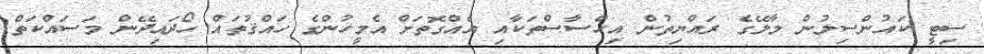
ސިޓީ ކައުންސިލުން މާލޭގެ ރައްޔިތުން އިހްސާސްތަކާއި އެއްގޮތަށް އެމީހުންގެ ހައްޤުތައް ހޯދައިދޭން މަސައްކަތް